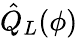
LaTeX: \hat{Q}_{L}(\phi)